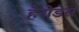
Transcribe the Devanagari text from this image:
हेरोडेस